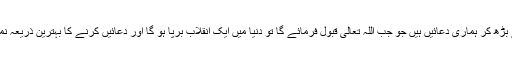
اور سب سے بڑھ کر ہماری دعائیں ہیں جو جب اللہ تعالیٰ قبول فرمائے گا تو دنیا میں ایک انقلاب برپا ہو گا اور دعائیں کرنے کا بہترین ذریعہ نمازیں ہی ہیں۔